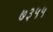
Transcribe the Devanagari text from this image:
७३५५